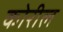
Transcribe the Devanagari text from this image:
कोरील